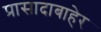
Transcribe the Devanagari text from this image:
प्रासादाबाहेर